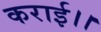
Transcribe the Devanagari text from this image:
कराई।।